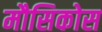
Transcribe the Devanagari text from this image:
मौसिकोस